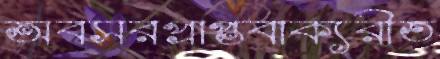
অবসরপ্রাপ্তবাক্যরীত